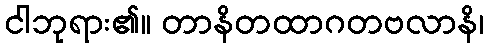
ငါဘုရား၏။ တာနိတထာဂတဗလာနိ၊